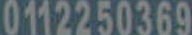
0112250369